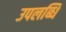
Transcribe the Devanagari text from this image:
उपलब्धि